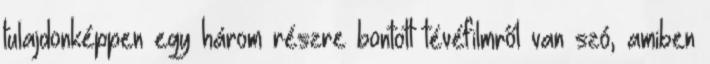
tulajdonképpen egy három részre bontott tévéfilmről van szó, amiben